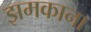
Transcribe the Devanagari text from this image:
झमकाना